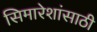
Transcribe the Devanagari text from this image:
सिमारेशांसाठी